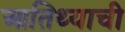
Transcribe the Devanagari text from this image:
आतिथ्याची